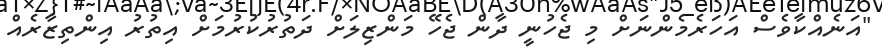
"އަނެއްކާވެސް އަހަރެމެންނަށް މި ޖެހުނީ ދާން ޖެހޭ މަންޒިލަށް ދަތުރުކުރުމަށް އިތުރު އިންތިޒާރެއް